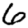
Digit: 6